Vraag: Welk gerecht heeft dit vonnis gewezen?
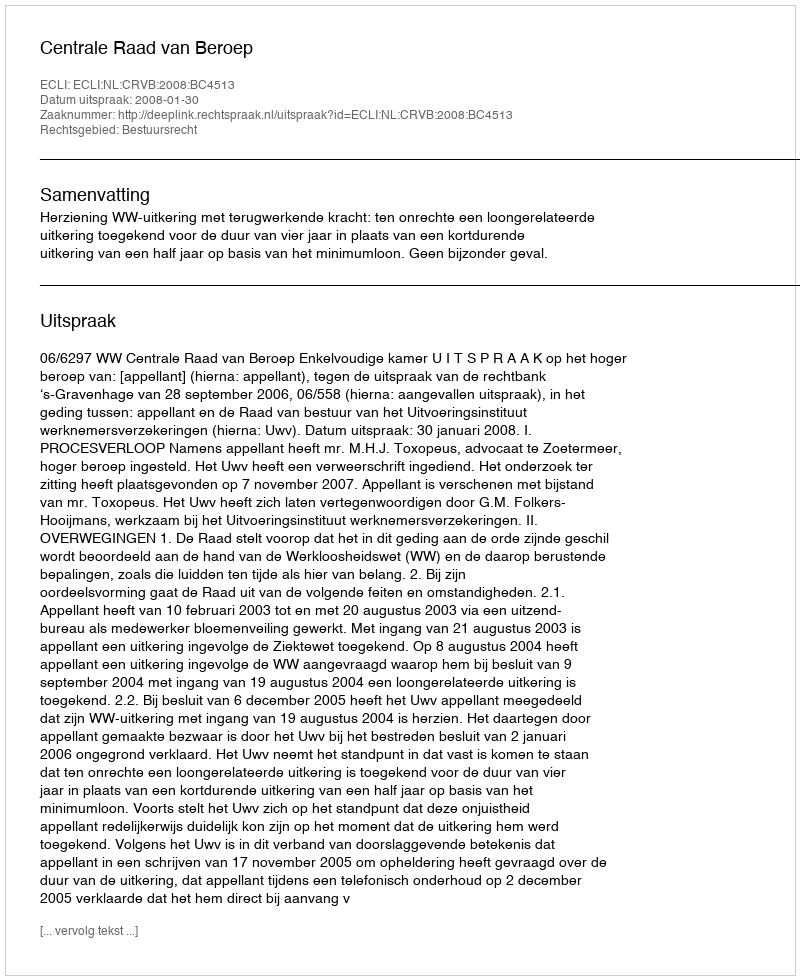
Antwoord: Centrale Raad van Beroep